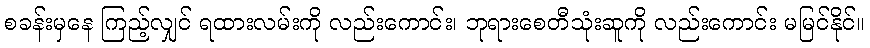
စခန်းမှနေ ကြည့်လျှင် ရထားလမ်းကို လည်းကောင်း၊ ဘုရားစေတီသုံးဆူကို လည်းကောင်း မမြင်နိုင်။